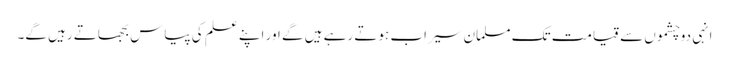
انہی دوچشموں سے قیامت تک مسلمان سیراب ہوتے رہے ہیں گے اور اپنے علم کی پیاس بجھاتے رہیں گے۔